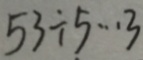
5 3 \div 5 \cdots 3